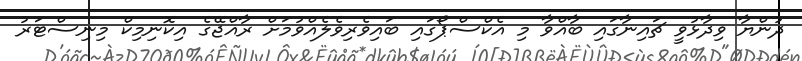
ދުންޔާ ވިދާޅުވީ ޗައިނާގައި ބާއްވާ މި އެކްސްޕޯގައި ބައިވެރިވެލެއްވުމަށް ރާއްޖޭގެ އިކޮނިމިކް މިނިސްޓަރު